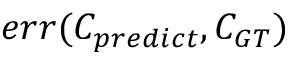
e r r ( C _ { p r e d i c t } , C _ { G T } )